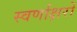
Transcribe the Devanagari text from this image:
स्‍वर्णाक्षरों